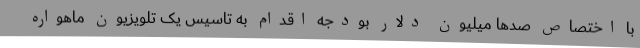
با اختصاص صدها میلیون دلار بودجه اقدام به تاسیس یک تلویزیون ماهواره